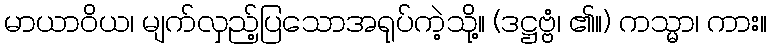
မာယာဝိယ၊ မျက်လှည့်ပြသောအရုပ်ကဲ့သို့။ (ဒဋ္ဌဗ္ဗံ၊ ၏။) ကသ္မာ၊ ကား။